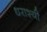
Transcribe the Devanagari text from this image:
धराश्यी